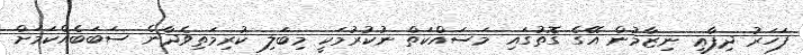
ފަހަރު ދިފާޢީ ނިޒާމުން އޭގެ ގޮތުގައި މަސައްކަތް ނުކުރުމަކީ މިބަލި ކުރިމަތިވެދާނެ ސަބަބެއްކަމަށް